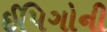
ઈપિગોની